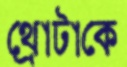
থ্রোটাকে